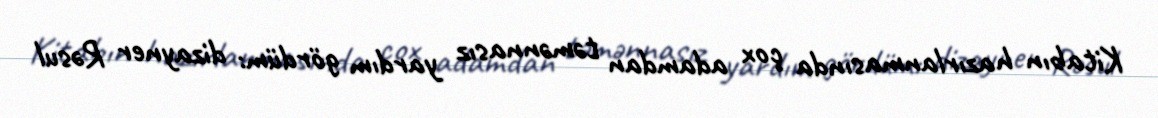
Kitabın hazırlanmasında çox adamdan təmənnasız yardım gördüm: dizayner Rəsul